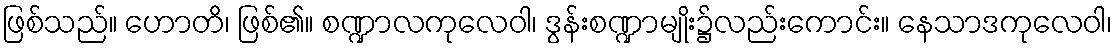
ဖြစ်သည်။ ဟောတိ၊ ဖြစ်၏။ စဏ္ဍာလကုလေဝါ၊ ဒွန်းစဏ္ဍာမျိုး၌လည်းကောင်း။ နေသာဒကုလေဝါ၊